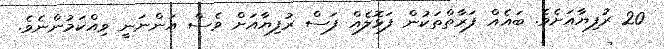
20 ރުފިޔާއަށެވެ. ބައެއް ފަރާތްތަކުން ފަޅޮލެއް ފަސް ރުފިޔާއަށް ވެސް އަންނަނީ ވިއްކަމުންނެވެ.